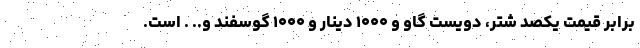
برابر قيمت يكصد شتر، دويست گاو و ۱۰۰۰ دینار و ۱۰۰۰ گوسفند و.. . است.